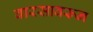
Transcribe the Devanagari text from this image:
वारसावरून